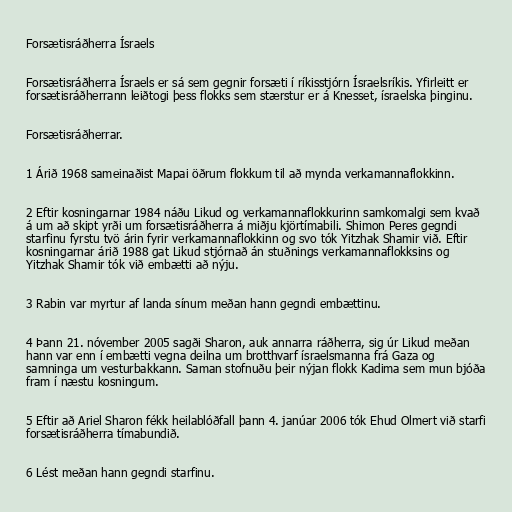
Forsætisráðherra Ísraels

Forsætisráðherra Ísraels er sá sem gegnir forsæti í ríkisstjórn Ísraelsríkis. Yfirleitt er
forsætisráðherrann leiðtogi þess flokks sem stærstur er á Knesset, ísraelska þinginu.

Forsætisráðherrar.

1 Árið 1968 sameinaðist Mapai öðrum flokkum til að mynda verkamannaflokkinn.

2 Eftir kosningarnar 1984 náðu Likud og verkamannaflokkurinn samkomalgi sem kvað
á um að skipt yrði um forsætisráðherra á miðju kjörtímabili. Shimon Peres gegndi
starfinu fyrstu tvö árin fyrir verkamannaflokkinn og svo tók Yitzhak Shamir við. Eftir
kosningarnar árið 1988 gat Likud stjórnað án stuðnings verkamannaflokksins og
Yitzhak Shamir tók við embætti að nýju.

3 Rabin var myrtur af landa sínum meðan hann gegndi embættinu.

4 Þann 21. nóvember 2005 sagði Sharon, auk annarra ráðherra, sig úr Likud meðan
hann var enn í embætti vegna deilna um brotthvarf ísraelsmanna frá Gaza og
samninga um vesturbakkann. Saman stofnuðu þeir nýjan flokk Kadima sem mun bjóða
fram í næstu kosningum.

5 Eftir að Ariel Sharon fékk heilablóðfall þann 4. janúar 2006 tók Ehud Olmert við starfi
forsætisráðherra tímabundið.

6 Lést meðan hann gegndi starfinu.